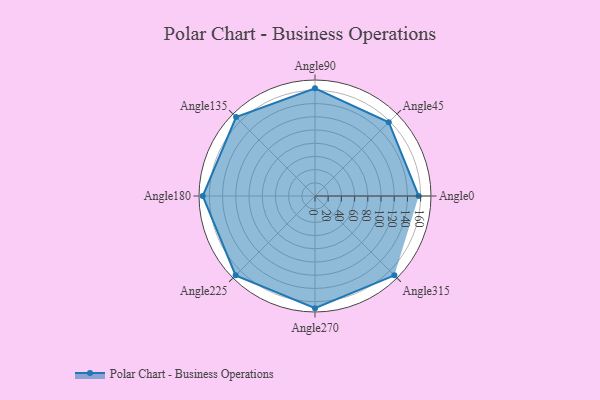
{"axis": {"x": "Angle", "y": "Radius"}, "legend": [""], "data": [{"x": "Angle0", "y": 157.0, "type": ""}, {"x": "Angle45", "y": 158.0, "type": ""}, {"x": "Angle90", "y": 163.0, "type": ""}, {"x": "Angle135", "y": 169.0, "type": ""}, {"x": "Angle180", "y": 170, "type": ""}, {"x": "Angle225", "y": 170, "type": ""}, {"x": "Angle270", "y": 170, "type": ""}, {"x": "Angle315", "y": 170, "type": ""}]}